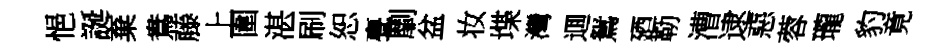
悒誕棄鴦藤上圍湛刷恕亹劘盆妆堞灣逥鴛廼勒漕逮惡蓉瓏豹竟